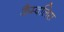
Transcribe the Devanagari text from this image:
कैम्बलिस